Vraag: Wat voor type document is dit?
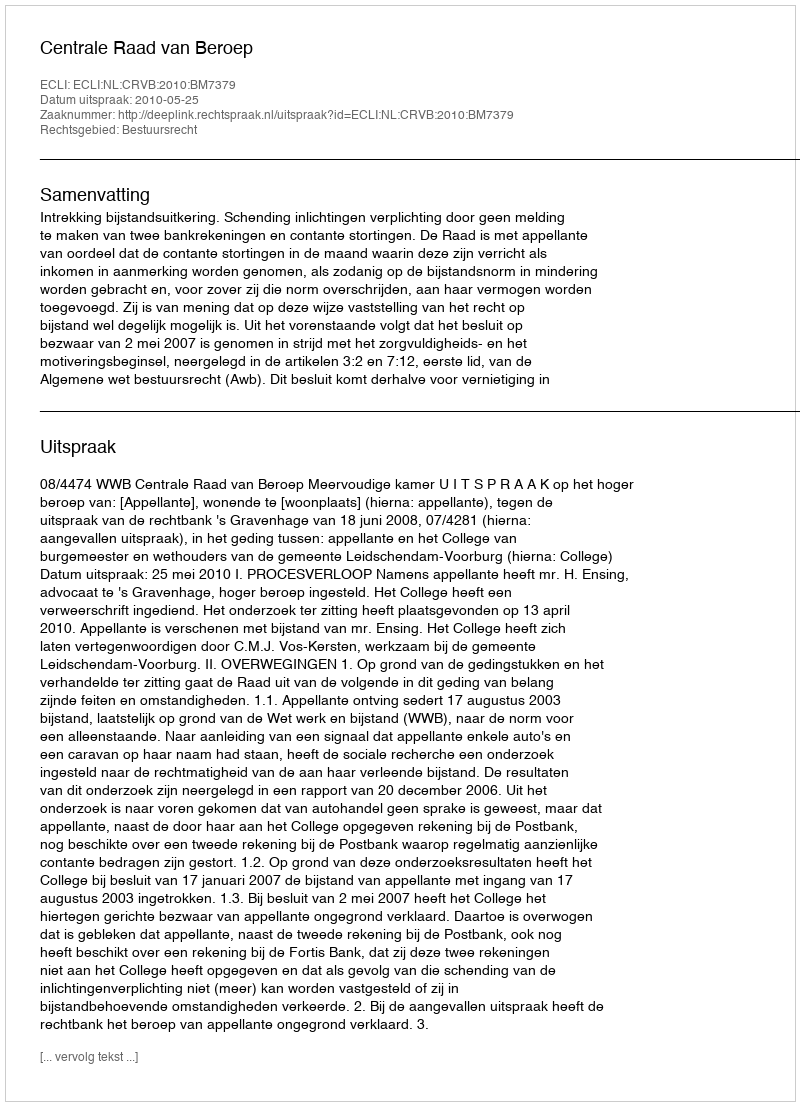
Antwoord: Uitspraak